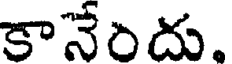
కానేందు.